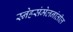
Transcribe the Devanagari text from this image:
स्नेहसंमेलनांतील